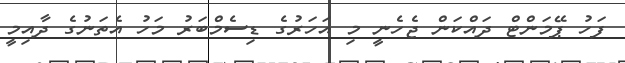
ފަހު ޕޭމަންޓް ދައްކަން ޖެހެނީ މި އަހަރުގެ ޑިސެމްބަރު މަހު އެތަނުގެ ދާއިމީ